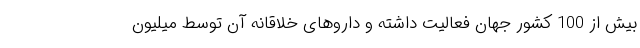
بیش از 100 کشور جهان فعالیت داشته و داروهای خلاقانه آن توسط میلیون